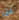
لن